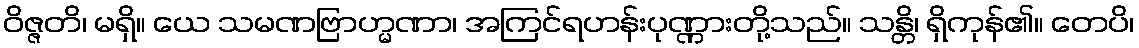
ဝိဇ္ဇတိ၊ မရှိ။ ယေ သမဏဗြာဟ္မဏာ၊ အကြင်ရဟန်းပုဏ္ဏားတို့သည်။ သန္တိ၊ ရှိကုန်၏။ တေပိ၊